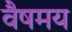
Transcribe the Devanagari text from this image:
वैषमय